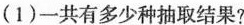
(1)一共有多少种抽取结果?